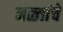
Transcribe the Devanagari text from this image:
नळ्यांचे